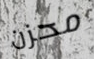
محزن